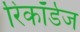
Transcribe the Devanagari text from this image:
रिकॉर्डज